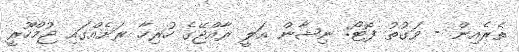
ތެރެއިން - ވަގުތު ފޮޓޯ: ނިޝާން އަލީ ރާއްޖޭގެ ހުރިހާ ރަށެއްގައި ޖުމްހޫރީ